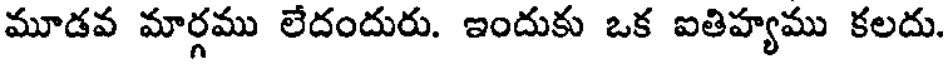
మూడవ మార్గము లేదందురు. ఇందుకు ఒక ఐతిహ్యము కలదు.